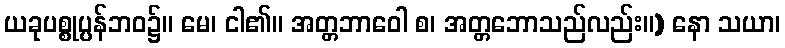
ယခုပစ္စုပ္ပန်ဘဝ၌။ မေ၊ ငါ၏။ အတ္တဘာဝေါ စ၊ အတ္တဘောသည်လည်း။) နော သယာ၊